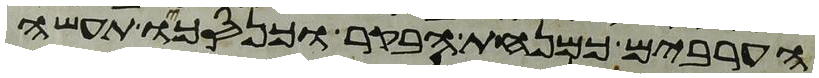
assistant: הערבים כמנחת הבקר וכנסכו תעשה